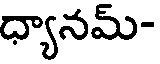
ధ్యానమ్-